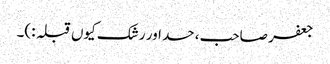
جعفر صاحب، حسد اور رشک کیوں قبلہ :)۔